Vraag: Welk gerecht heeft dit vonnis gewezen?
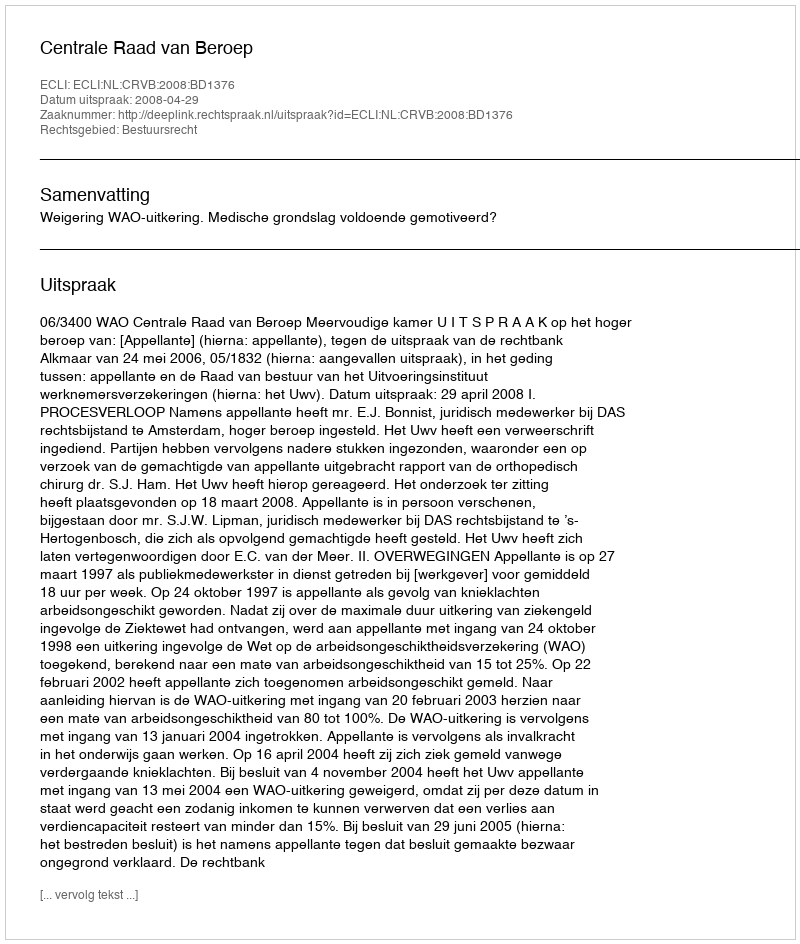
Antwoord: Centrale Raad van Beroep